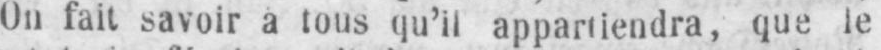
tous qu’il appartiendra, que le